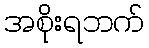
အစိုးရဘက်